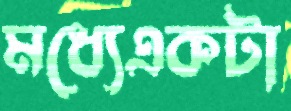
মধ্যেএকটা